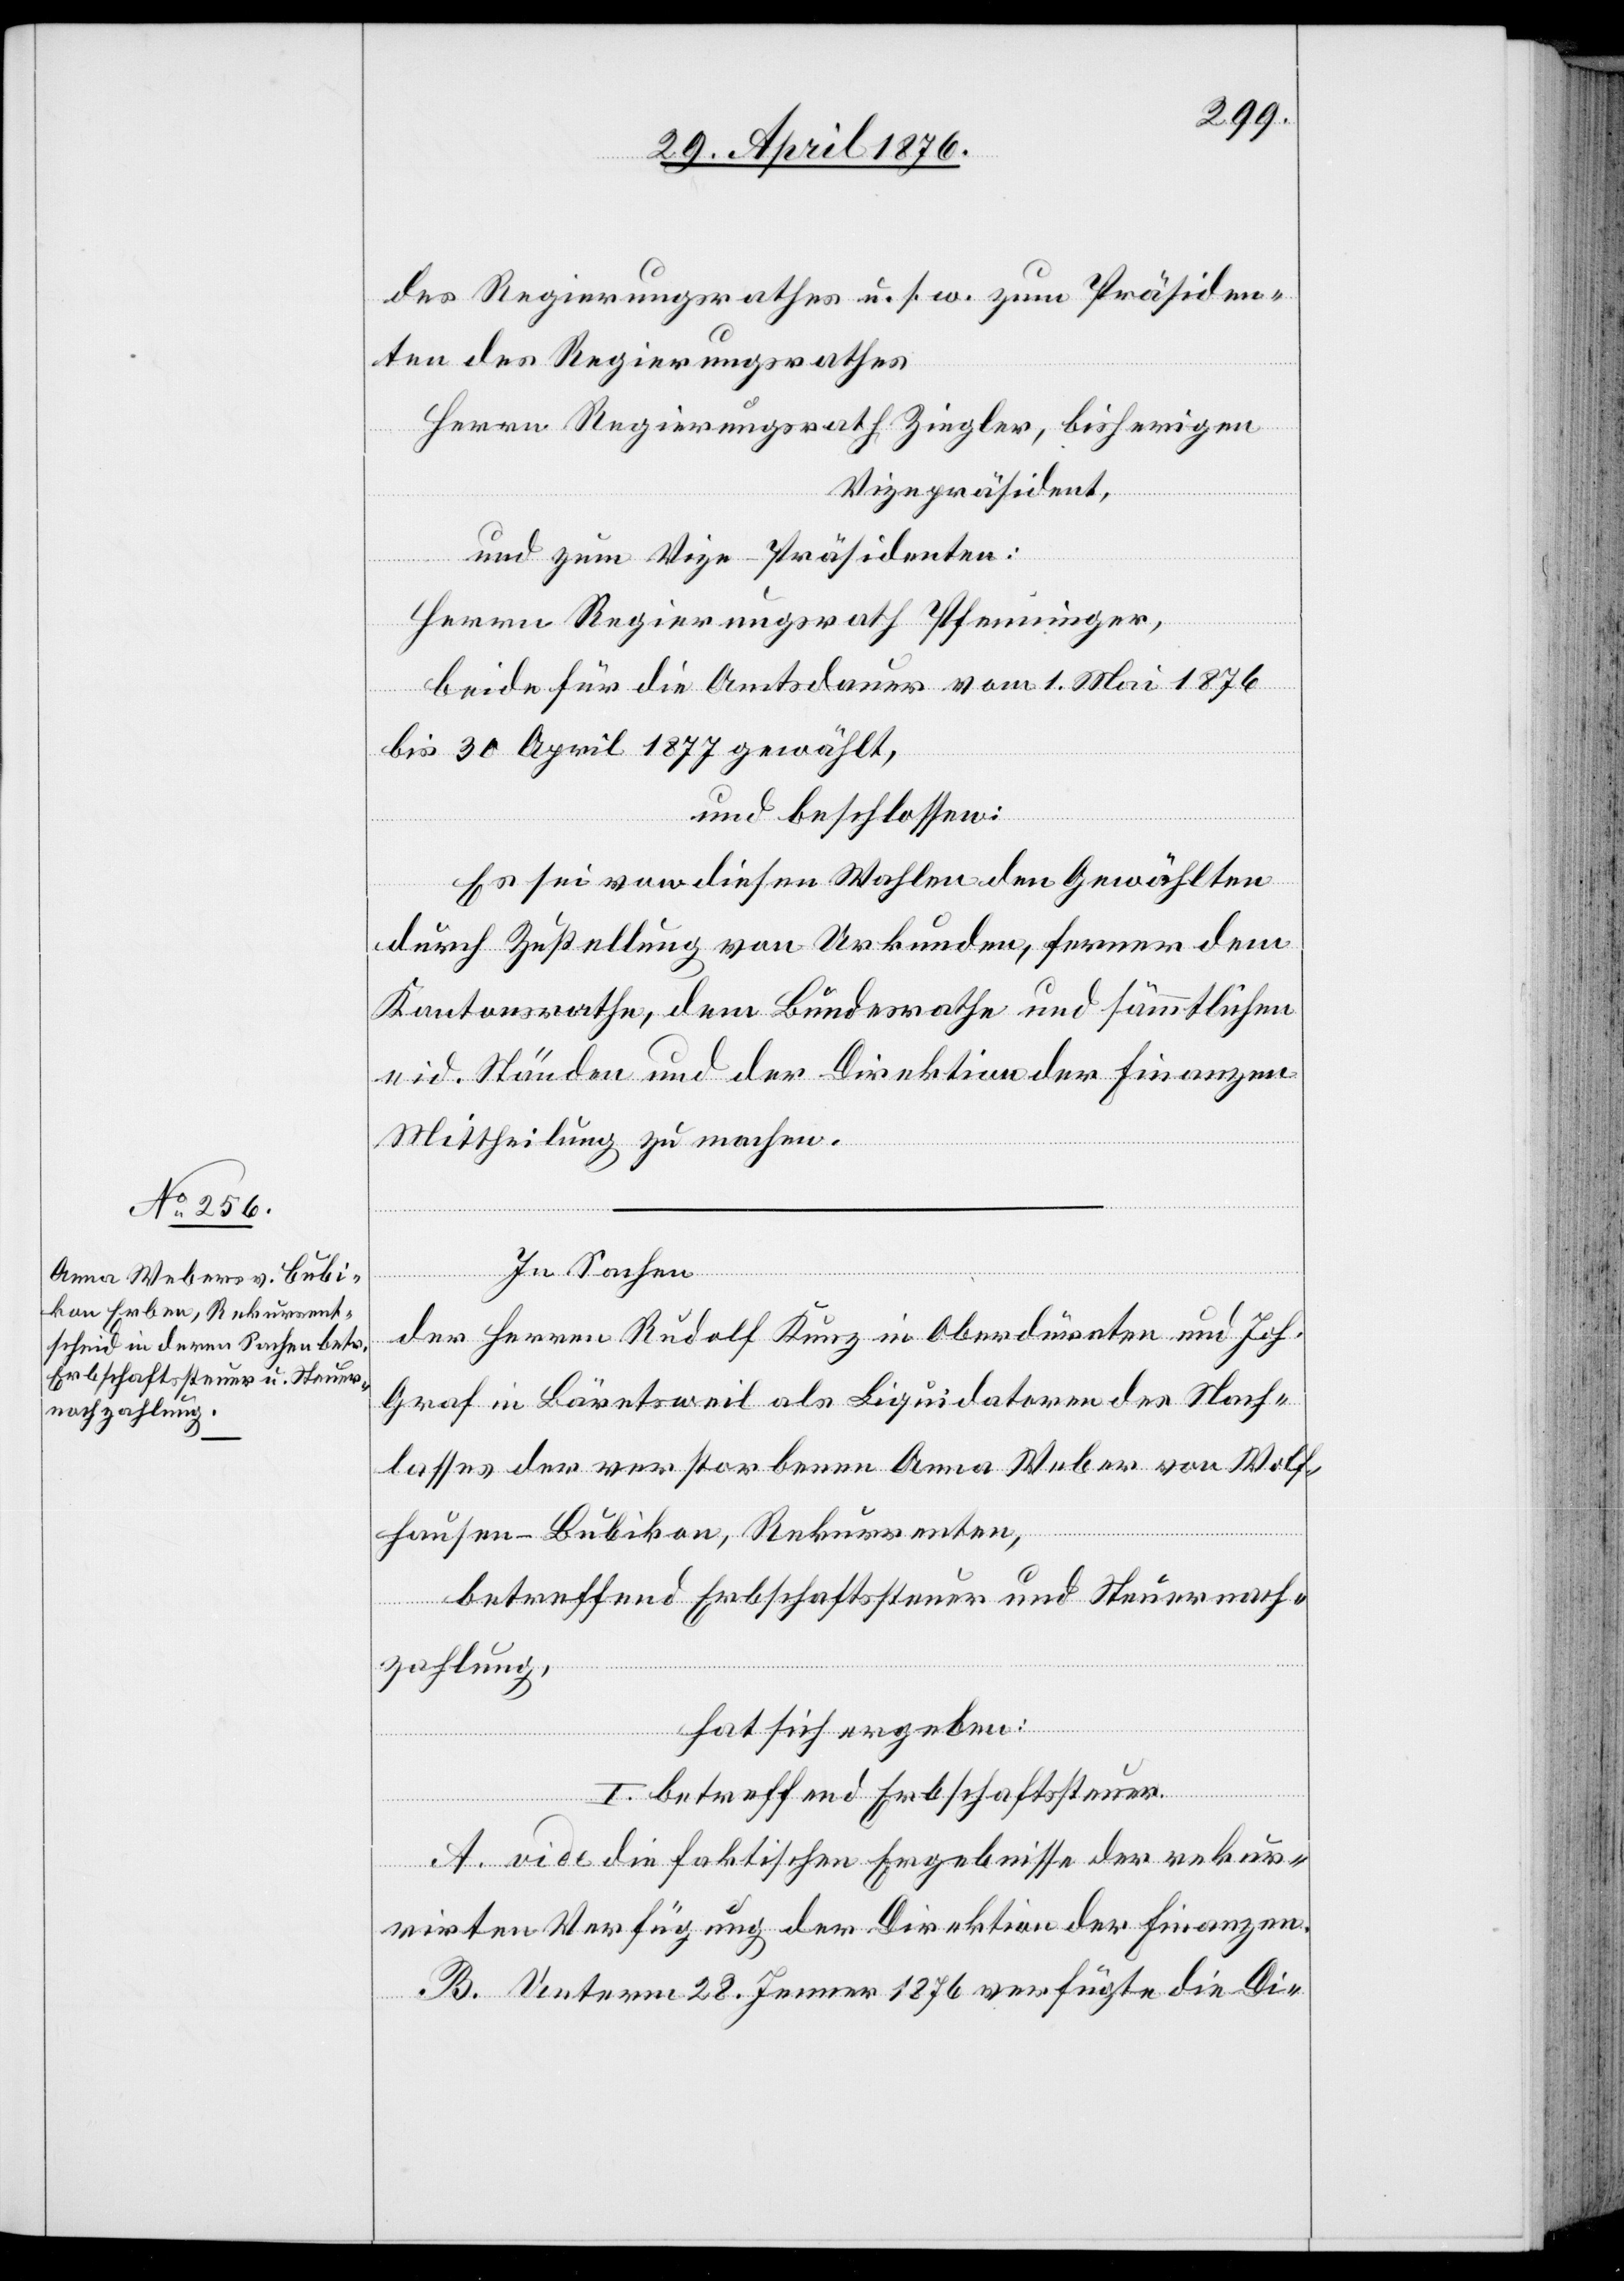
der Regierungsrathes u. s. w. zum Präsiden¬
ten des Regierungsrathes
Herrn Regierungsrath Ziegler, bisherigen
Vizepräsident,
und zum Vize-Präsidenten:
Herrn Regierungsrath Pfenninger,
beide für die Amtsdauer vom 1. Mai 1876
bis 30. April 1877 gewählt,
und beschlossen:
Es sei von diesen Wahlen den Gewählten
durch Zustellung von Urkunden, ferner dem
Kantonsrathe, dem Bundesrathe und sämmtlichen
eid. Ständen und der Direktion der Finanzen
Mittheilung zu machen.
In Sachen
der Herren Rudolf Kunz in Oberdürnten und Joh.
Graf in Bäretsweil als Liquidatoren des Nach¬
lasses der verstorbenen Anna Weber von Wolf¬
hausen - Bubikon, Rekurrenten,
betreffend Erbschaftssteuer und Steuernach¬
zahlung,
hat sich ergeben:
I. betreffend Erbschaftssteuer
A. vide die faktischen Ergebnisse der rekur¬
rirten Verfügung der Direktion der Finanzen.
B. Unterm 28. Jenner 1876 verfügte die Di-